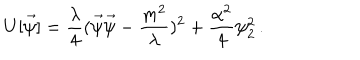
U [ \vec { \psi } ] = \frac { \lambda } { 4 } ( \vec { \psi } \vec { \psi } - \frac { m ^ { 2 } } { \lambda } ) ^ { 2 } + \frac { \alpha ^ { 2 } } { 4 } \psi _ { 2 } ^ { 2 } \, .